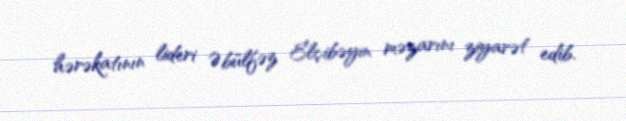
hərəkatının lideri Əbülfəz Elçibəyin məzarını ziyarət edib.